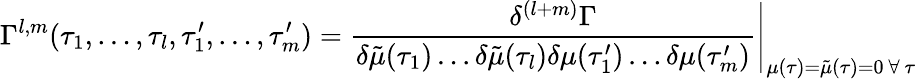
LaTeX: \Gamma^{l,m}(\tau_{1},\dots,\tau_{l},\tau_{1}^{\prime},\dots,\tau_{m}^{\prime})=\frac{\delta^{(l+m)}\Gamma}{\delta\tilde{\mu}(\tau_{1})\dots\delta\tilde{\mu}(\tau_{l})\delta{\mu}(\tau_{1}^{\prime})\dots\delta{\mu}(\tau_{m}^{\prime})}\Bigg|_{\mu(\tau)=\tilde{\mu}(\tau)=0\mathrm{~}\forall\mathrm{~}\tau}